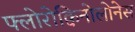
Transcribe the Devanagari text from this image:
फ्लोरोक्विनोलोनेस